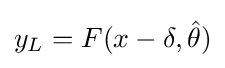
y_{L}=F(x-\delta ,{\hat {\theta }})